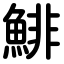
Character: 鯡